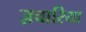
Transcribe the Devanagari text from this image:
ज़चारिया